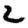
Digit: 2